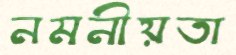
নমনীয়তা